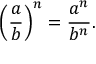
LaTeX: \left( { \frac { a } { b } } \right) ^ { n } = { \frac { a ^ { n } } { b ^ { n } } } .